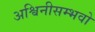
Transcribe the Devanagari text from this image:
अश्विनीसम्भवो